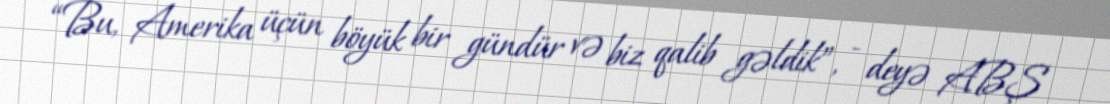
“Bu, Amerika üçün böyük bir gündür və biz qalib gəldik”, - deyə ABŞ